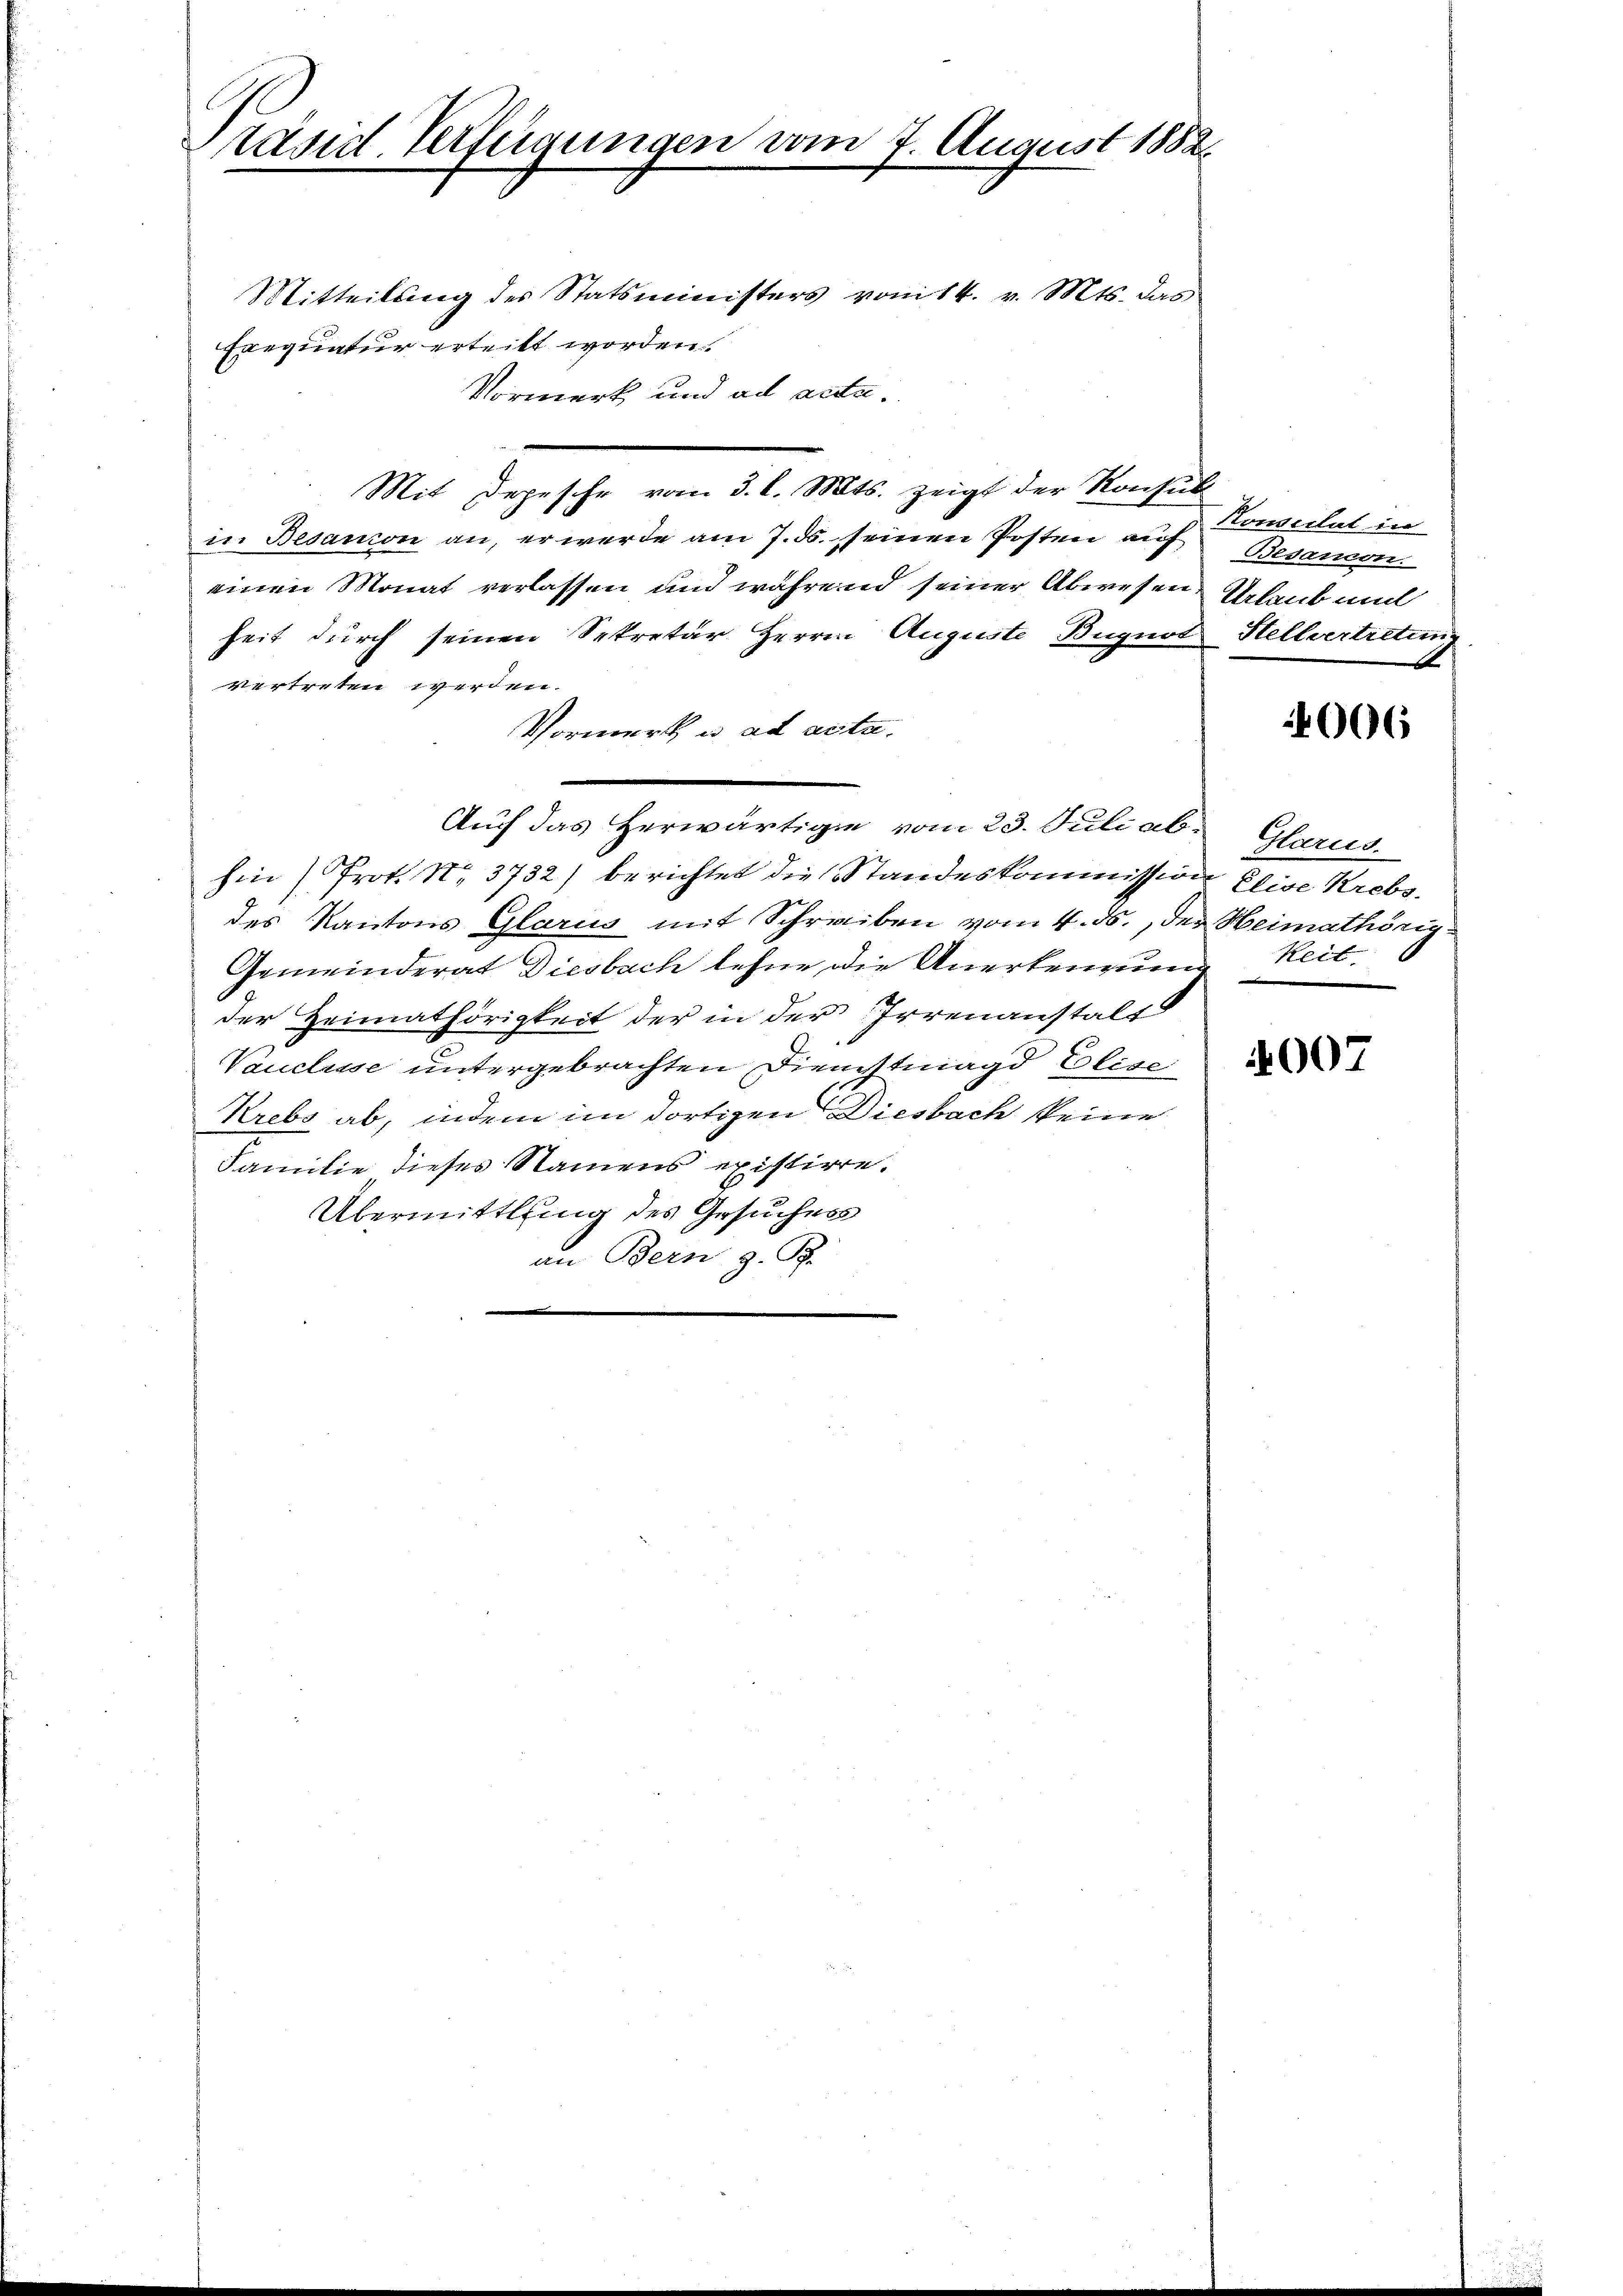
täsid. Verfügungen vom 7. August 1882.
Mitteilung des Statsministers vom 14. v. Mts. das
Exequatur erteilt worden

Vormerk und ad acta.
Mit Depesche vom 3. l. Mts. zeigt der Konsul
in Besanion an, er werde am 7. ds. seinen Posten auf
einen Monat verlassen und während seiner Abwesen Glaub un
heit durch seinen Sekretär Herren Auguste Bugnot Stellvertietung
vertreten werden.
Vormerkt u. ad acta.
Auch das herwärtige vom 23. Juli ab. Glarus.
hin (Prot. N. 3732) berichtet die Standeskommission Elise Krebsdes Kantons Glarus mit Schreiben vom 4. ds., der Heimathörig
Gemeinderat Diesbach lehne die Anerkennung Reitder Heimathörigkeit der in der Irrenanstalt
Vauclusse untergebrachten Dienstmagd Elise
Krebs ab, indem im dortigen Diesbach keine
Familie dieses Namens existire.
Übermittlung des Gesuches
an Bern z. B.

Konseclat in
Besancon.

4007

4006